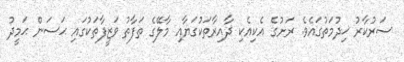
ސަރުކާރު ޚިދުމަތުގައެވެ. ރަށުގެ އެކިއެކި ދާއިރާތަކުގަޔާއި މާލޭގެ ތަފާތު ވަޒީފާތަކުގައި ޙަސަން ޙަމީދު